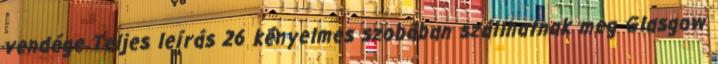
vendége Teljes leírás 26 kényelmes szobában szállhatnak meg Glasgow